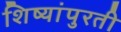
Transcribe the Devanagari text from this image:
शिष्यांपुरती